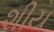
શીય